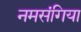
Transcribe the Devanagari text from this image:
नमसंगिया